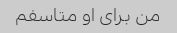
من برای او متاسفم